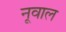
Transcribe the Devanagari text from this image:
नूवाल